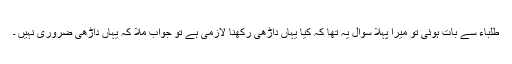
طلباء سے بات ہوئی تو میرا پہلا سوال یہ تھا کہ کیا یہاں داڑھی رکھنا لازمی ہے تو جواب ملا کہ یہاں داڑھی ضروری نہیں ۔